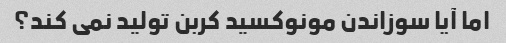
اما آیا سوزاندن مونوکسید کربن تولید نمی کند؟